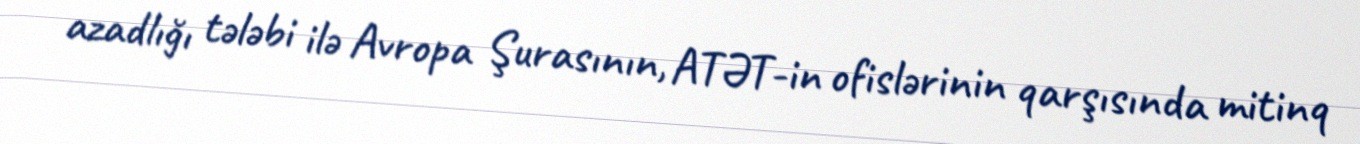
azadlığı tələbi ilə Avropa Şurasının, ATƏT-in ofislərinin qarşısında mitinq